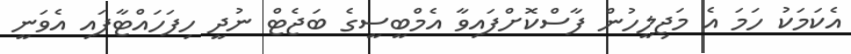
އެކަމަކު ހަމަ އެ މަޖިލީހުން ފާސްކޮށްފައިވާ އެމްބީސީގެ ބަޖެޓް ނުދީ ހިފަހައްޓާފައި އެވަނީ